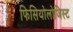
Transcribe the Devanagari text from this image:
फिसियोलोजिस्ट